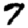
Digit: 7